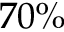
7 0 \%